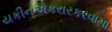
યકીનએકરારકરવામા